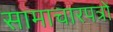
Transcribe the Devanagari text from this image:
सामाचारपत्रों